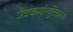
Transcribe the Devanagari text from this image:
जैवफार्मास्युटिकल्स